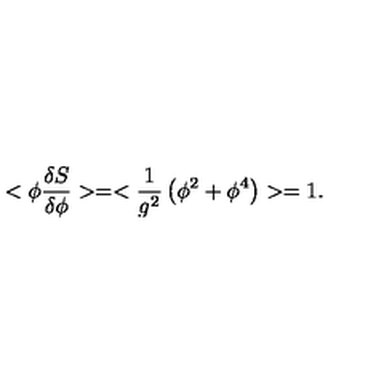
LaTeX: < \phi { \frac { \delta S } { \delta \phi } } > = < { \frac { 1 } { g ^ { 2 } } } \left( \phi ^ { 2 } + \phi ^ { 4 } \right) > = 1 .